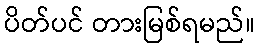
ပိတ်ပင် တားမြစ်ရမည်။